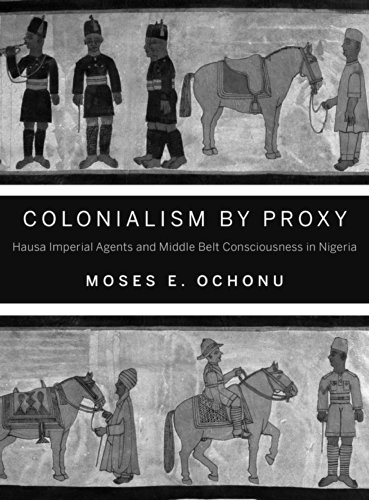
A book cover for Colonialism by Proxy: Hausa Imperial Agents and Middle Belt Consciousness in Nigeria; Moses E. Ochonu; History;